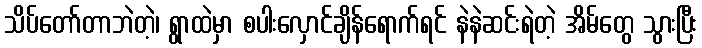
သိပ်တော်တာဘဲတဲ့၊ ရွာထဲမှာ စပါးလှောင်ချိန်ရောက်ရင် နဲနဲဆင်းရဲတဲ့ အိမ်တွေ သွားပြီး